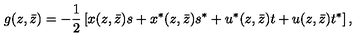
g ( z , \bar { z } ) = - \frac { 1 } { 2 } \left[ x ( z , \bar { z } ) s + x ^ { * } ( z , \bar { z } ) s ^ { * } + u ^ { * } ( z , \bar { z } ) t + u ( z , \bar { z } ) t ^ { * } \right] ,